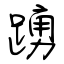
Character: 踴